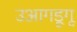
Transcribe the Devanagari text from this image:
उआगडूगू